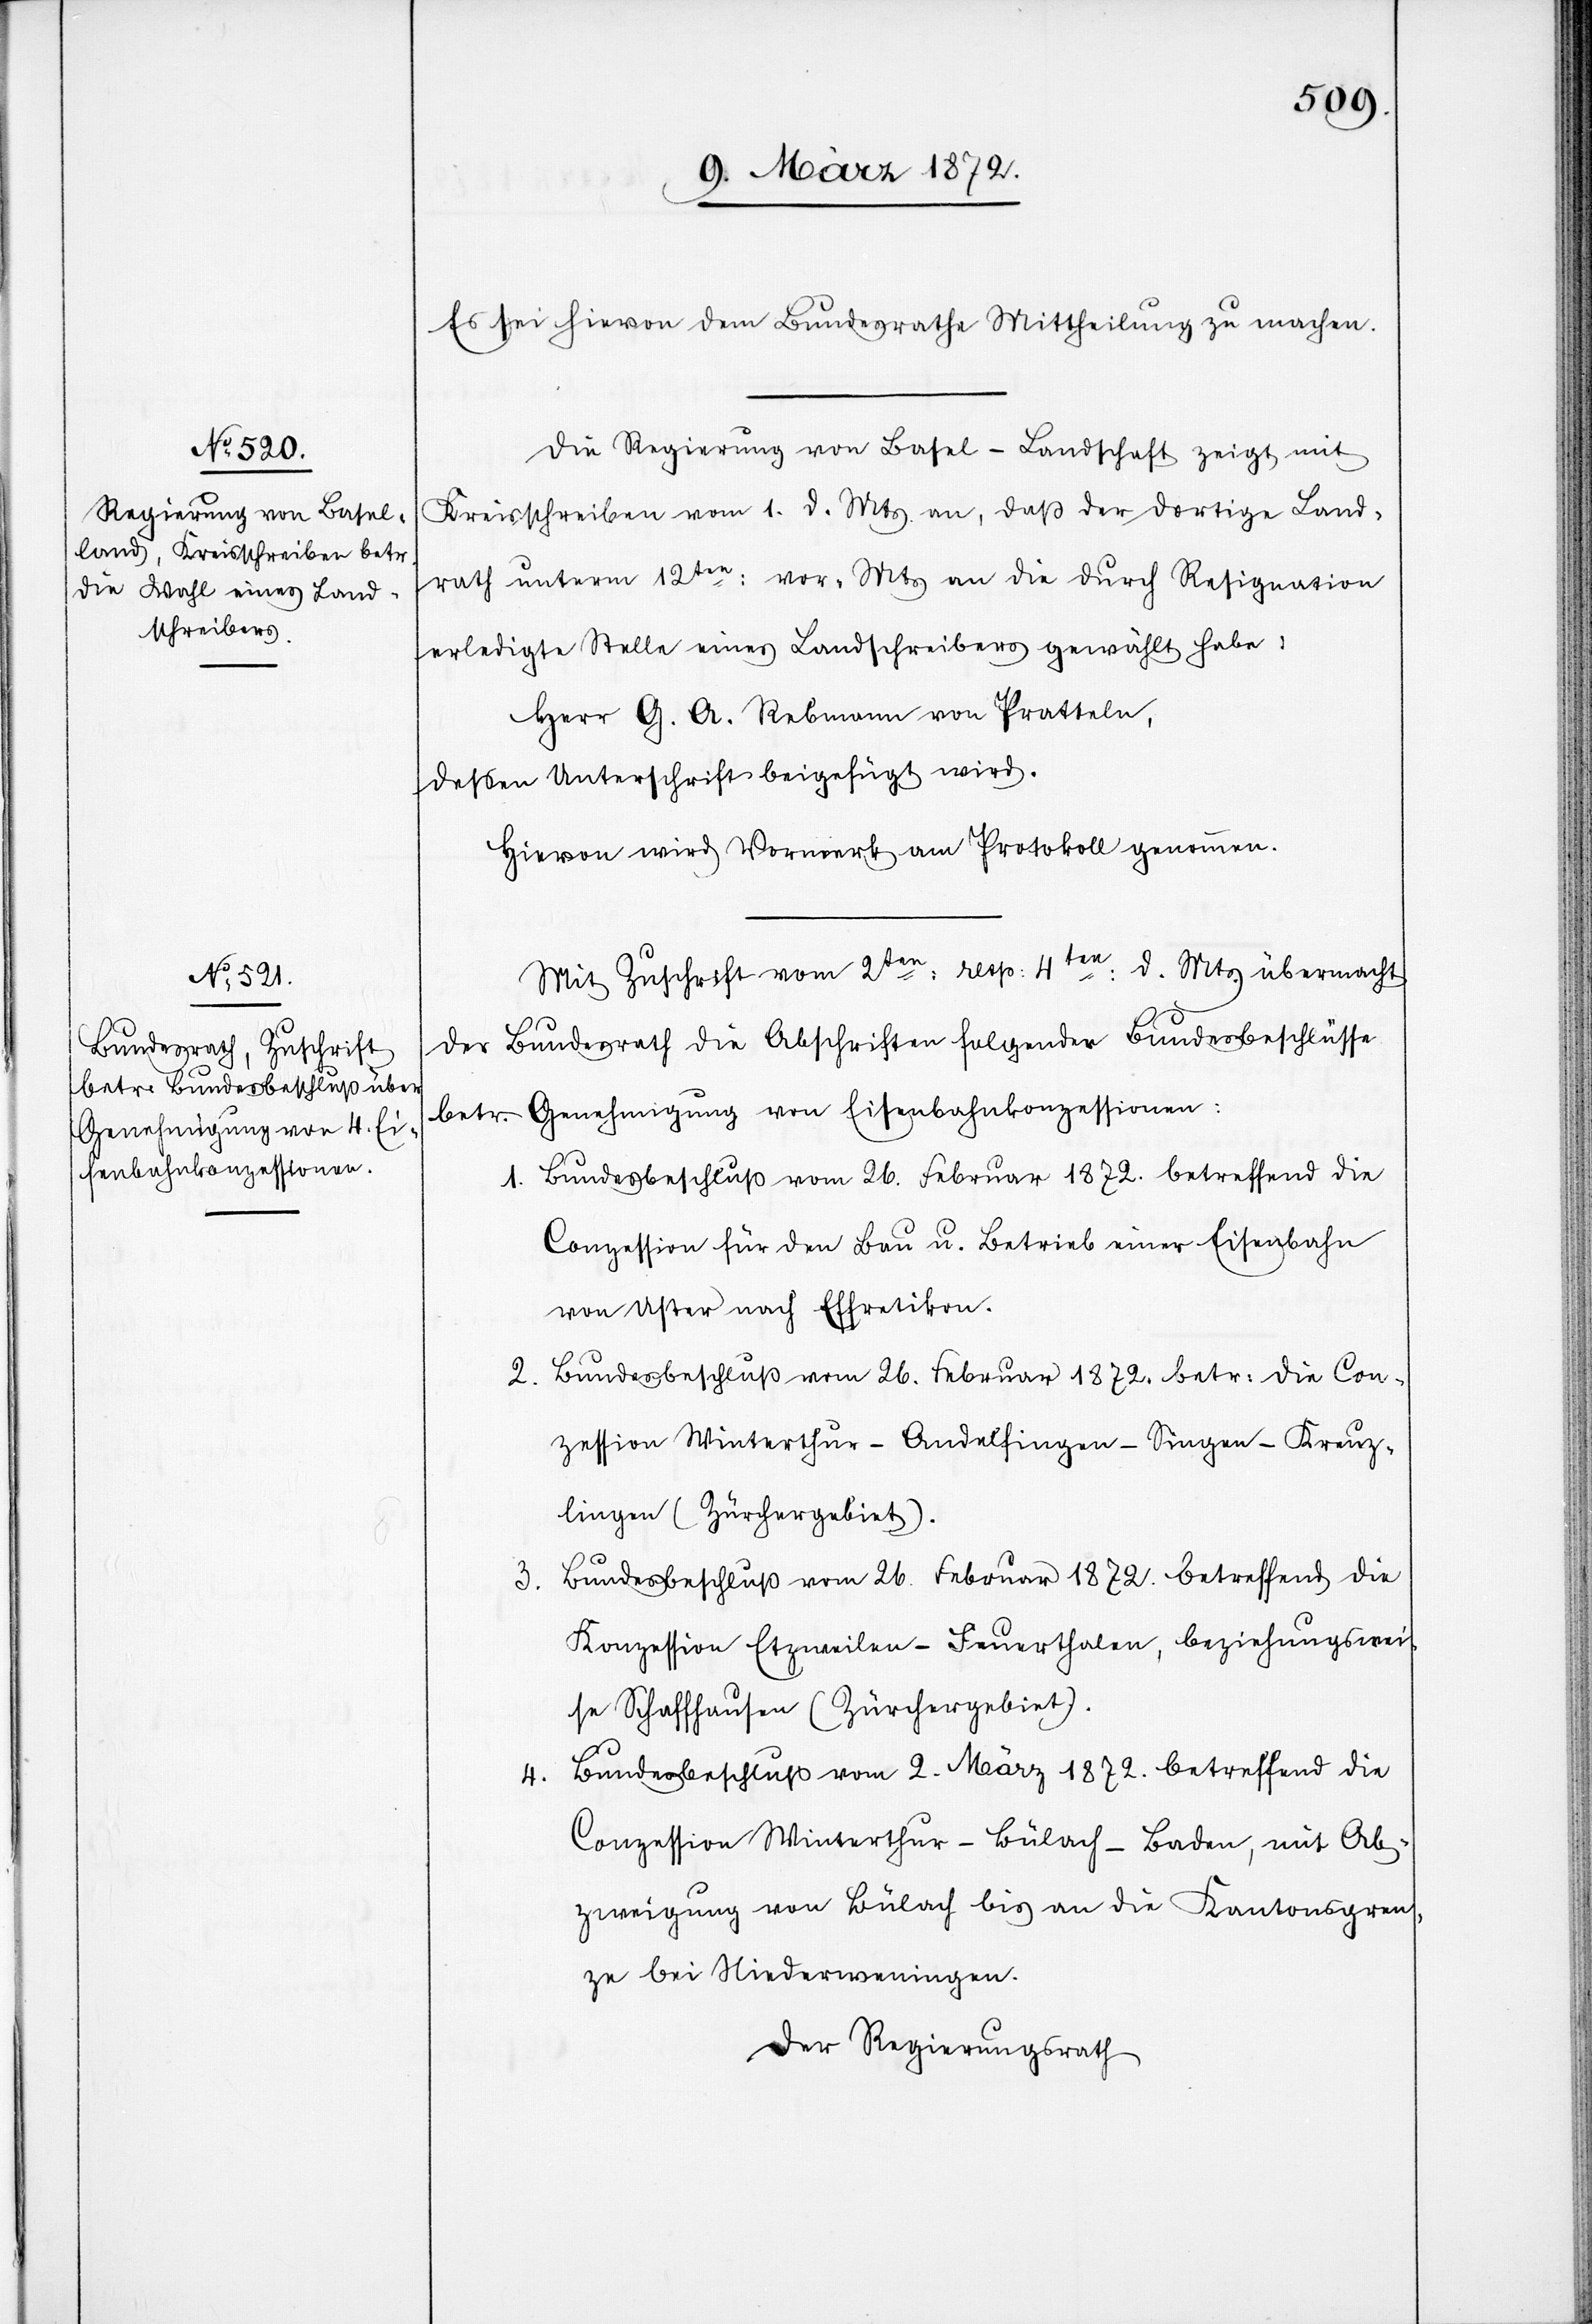
Es sei hievon dem Bundesrathe Mittheilung zu machen.
Die Regierung von Basel-Landschaft zeigt mit
Kreisschreiben vom 1. d. Mts. an, daß der dortige Land¬
rath unterm 12ten vor: Mts. an die durch Resignation
erledigte Stelle eines Landschreibers gewählt habe:
Herr G. A. Rebmann von Pratteln,
dessen Unterschrift beigefügt wird.
Hievon wird Vormerk am Protokoll genommen.
Mit Zuschrift vom 2ten: resp: 4ten: d. Mts. übermacht
1.
der Bundesrath die Abschriften folgender Bundesbeschlüsse
betr. Genehmigung von Eisenbahnkonzessionen:
Bundesbeschluß vom 26. Februar 1872. betreffend die
Conzession für den Bau u. Betrieb einer Eisenbahn
von Uster nach Effretikon.
2. Bundesbeschluß vom 26. Februar 1872. betr: die Con¬
zession Winterthur–Andelfingen–Singen–Kreuz¬
lingen (Zürchergebiet).
Bundesbeschluß vom 26. Februar 1872. betreffend die
3.
Konzession Etzweilen–Feuerthalen, beziehungswei¬
se Schaffhausen (Zürchergebiet).
Bundesbeschluß vom 2. März 1872. betreffend die
4.
Conzession Winterthur–Bülach–Baden, mit Ab¬
zweigung von Bülach bis an die Kantonsgren¬
ze bei Niederweningen.
Der Regierungsrath